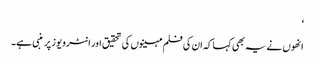
‘
انھوں نے یہ بھی کہا کہ ان کی فلم مہینوں کی تحقیق اور انٹرویوز پر منبی ہے۔